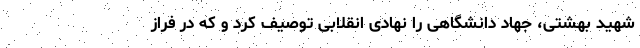
شهید بهشتی، جهاد دانشگاهی را نهادی انقلابی توصیف کرد و که در فراز